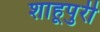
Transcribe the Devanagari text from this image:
शाहूपुरी